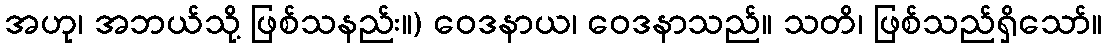
အဟု၊ အဘယ်သို့ ဖြစ်သနည်း။) ဝေဒနာယ၊ ဝေဒနာသည်။ သတိ၊ ဖြစ်သည်ရှိသော်။